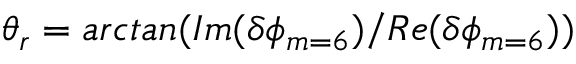
\theta _ { r } = a r c t a n ( I m ( \delta \phi _ { m = 6 } ) / R e ( \delta \phi _ { m = 6 } ) )